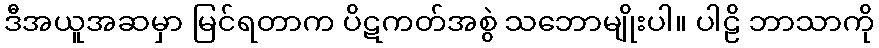
ဒီအယူအဆမှာ မြင်ရတာက ပိဋကတ်အစွဲ သဘောမျိုးပါ။ ပါဠိ ဘာသာကို